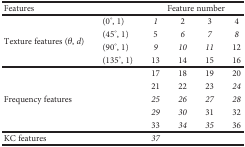
| <COLSPAN=2> Features | <COLSPAN=4> Feature number |
 | --- | --- | --- | --- | --- | --- |
 | <ROWSPAN=4> Texture features (θ, d) | (0°, 1) | 1 | 2 | 3 | 4 |
 | (45°, 1) | 5 | 6 | 7 | 8 |
 | (90°, 1) | 9 | 10 | 11 | 12 |
 | (135°, 1) | 13 | 14 | 15 | 16 |
 | <ROWSPAN=5> Frequency features | <ROWSPAN=5>  | 17 | 18 | 19 | 20 |
 | 21 | 22 | 23 | 24 |
 | 25 | 26 | 27 | 28 |
 | 29 | 30 | 31 | 32 |
 | 33 | 34 | 35 | 36 |
 | <COLSPAN=2> KC features | 37 |  |  |  |